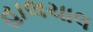
હાલચાલ